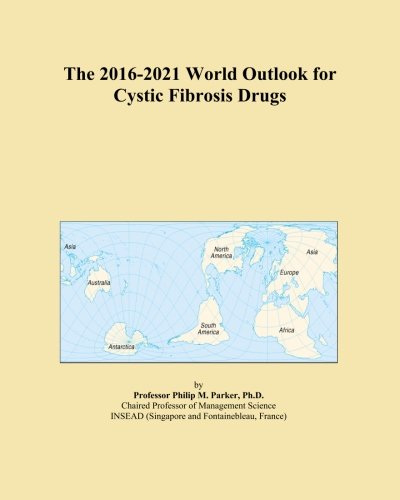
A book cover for The 2016-2021 World Outlook for Cystic Fibrosis Drugs; Icon Group International; Health, Fitness & Dieting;